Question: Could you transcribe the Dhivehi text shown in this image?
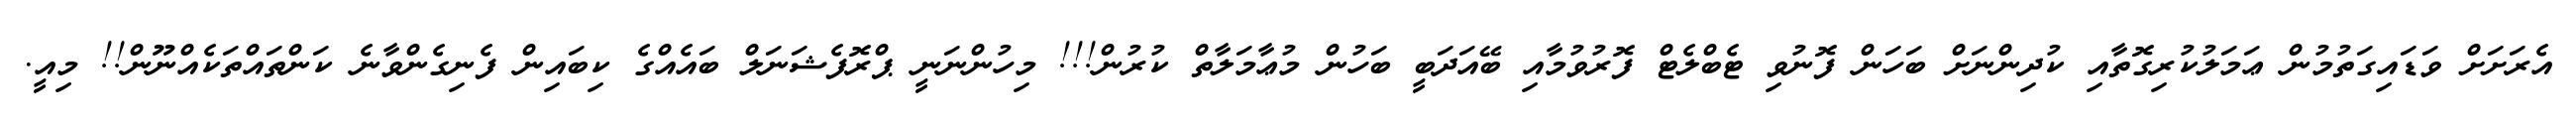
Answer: އެރަށަށް ވަޑައިގަތުމުން ޢަމަލުކުރިގޮތާއި ކުދިންނަށް ބަހަން ފޮނުވި ޓެބްލެޓް ފޮރުވުމާއި ބޭއަދަބީ ބަހުން މުޢާމަލާތް ކުރުން!!! މިހުންނަނީ ޕްރޮފެޝަނަލް ބައެއްގެ ކިބައިން ފެނިގެންވާނެ ކަންތައްތަކެއްނޫން!! މިއީ.